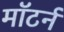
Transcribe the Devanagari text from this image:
मॉटर्न